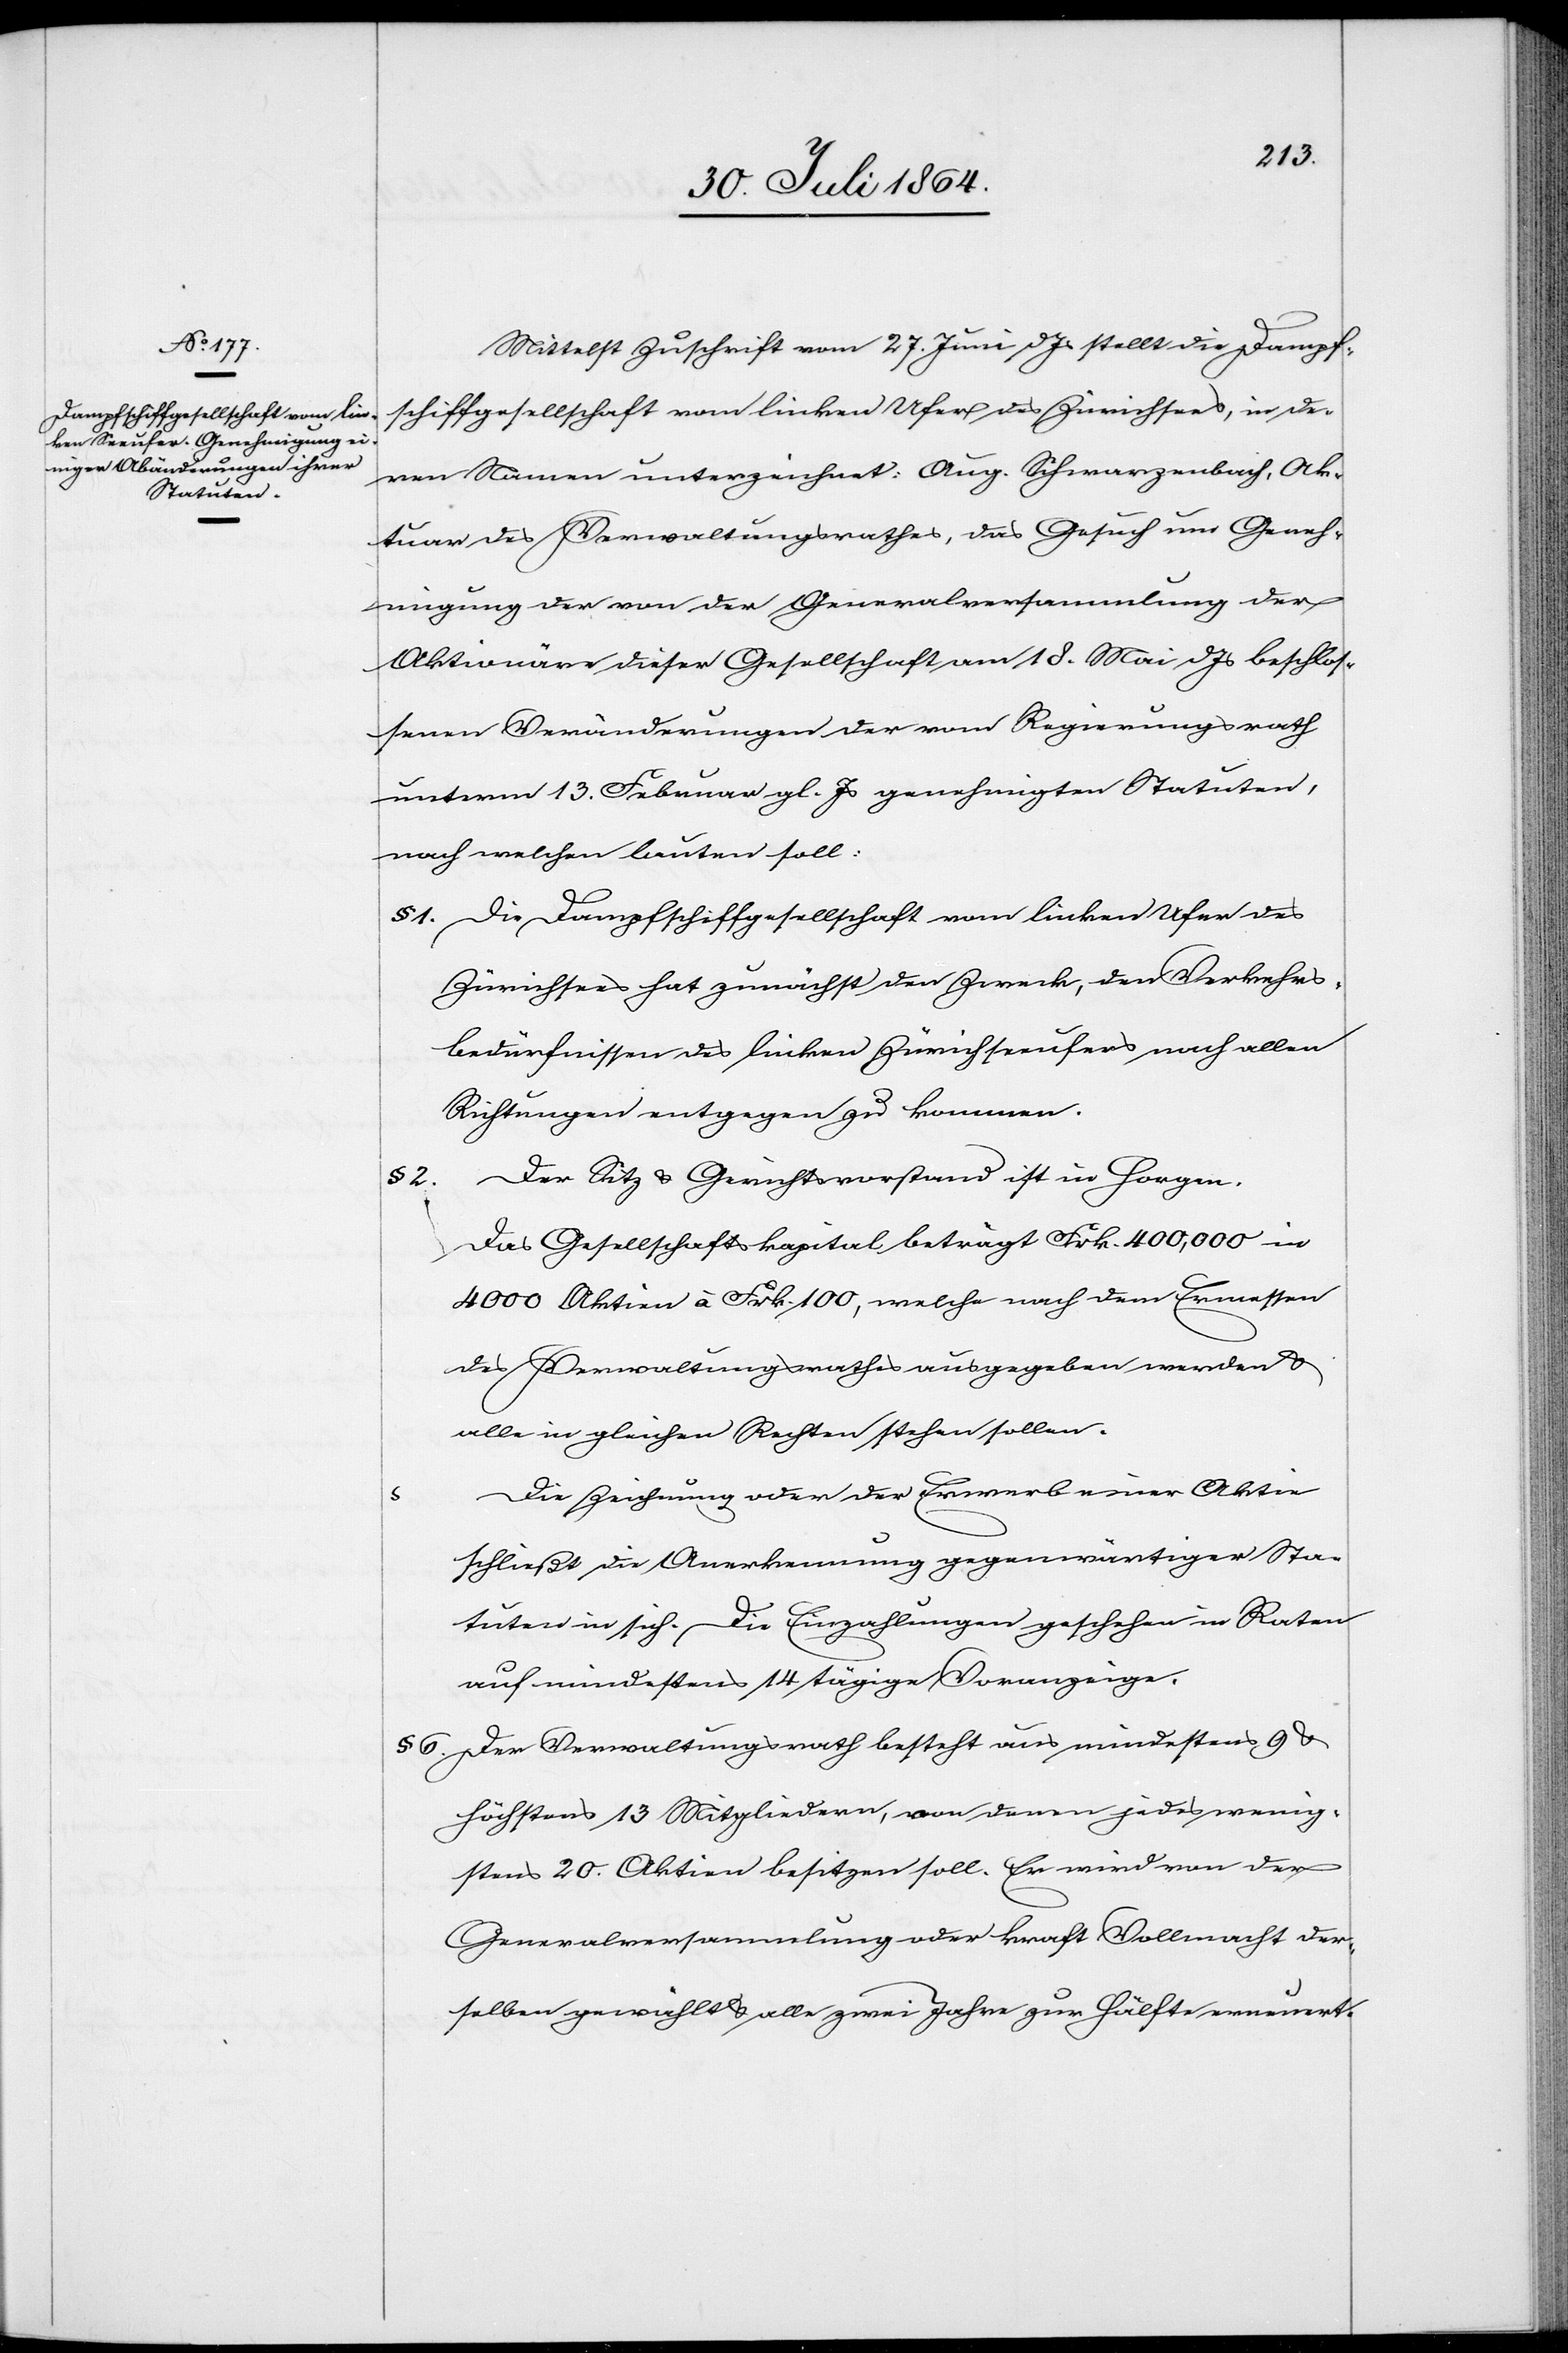
Mittelst Zuschrift vom 27 Juni d. Js. stellt die Dampf¬
schiffgesellschaft vom linken Ufer des Zürichsees, in der
von Namen unterzeichnet: Aug. Schwarzenbach, Ak¬
tuar des Verwaltungsrathes, das Gesuch um Geneh¬
migung der von der Generalversammlung der
Aktionäre dieser Gesellschaft am 18. Mai d. Js. beschlos¬
senen Veränderungen der vom Regierungsrath
unterm 13. Februar gl. Js. genehmigten Statuten,
nach welchen lauten soll:
§ 1. 	Die Dampfschiffgesellschaft vom linken Ufer des
Zürichsees hat zunächst den Zweck, den Verkehrs¬
bedürfnissen des linken Zürichseeufers nach allen
Richtungen entgegen zu kommen.
2.	Der Sitz & Gerichtsvorstand ist in Horgen.
Das Gesellschaftskapital beträgt Frk. 400,000 in
4000 Aktien à Frk. 100, welche nach dem Ermessen
des Verwaltungsrathes ausgegeben werden &
alle in gleichen Rechten stehen sollen.
Die Zeichnung oder der Erwerb einer Aktie
schließt die Anerkennung gegenwärtiger Sta¬
tuten in sich. Die Einzahlungen geschehen in Raten
auf mindestens 14 tägige Voranzeige.
§ 6.	Der Verwaltungsrath besteht aus mindestens 9 &
höchstens 13 Mitgliedern, von denen jedes wenig¬
stens 20. Aktien besitzen soll. Er wird von der
Generalversammlung oder kraft Vollmacht der¬
selben gewählt & alle zwei Jahre zur Hälfte erneuert.